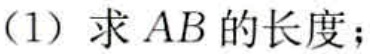
(1) 求 \(AB\) 的长度；